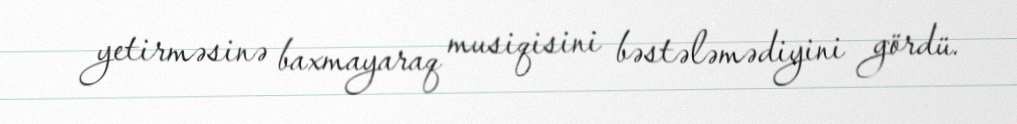
yetirməsinə baxmayaraq musiqisini bəstələmədiyini gördü.